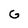
Character: G